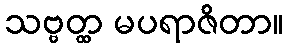
သဗ္ဗတ္ထ မပရာဇိတာ။